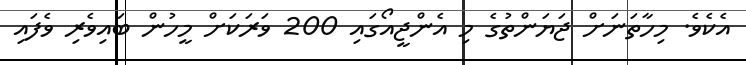
އެކެވެ. މިހާތަނަށް ޖަޔަންތުގެ މި އެންޖީއޯގައި 200 ވަރަކަށް މީހުން ބައިވެރި ވެފައި